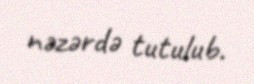
nəzərdə tutulub.